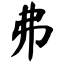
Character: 弗